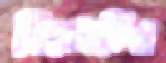
নিয়মটির